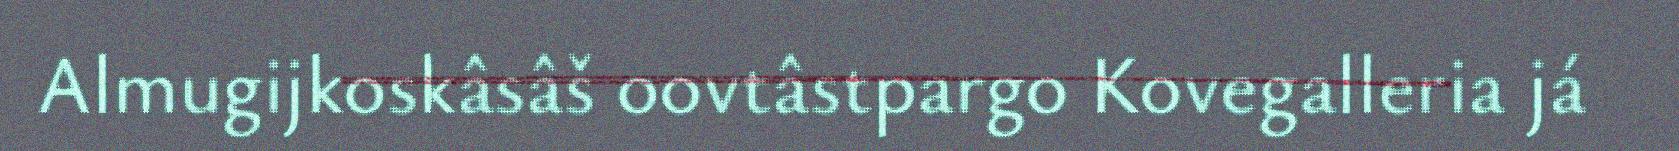
Almugijkoskâsâš oovtâstpargo Kovegalleria já